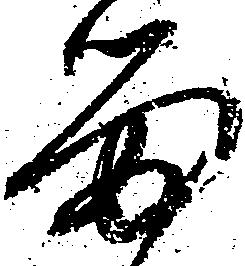
留